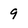
Character: 9